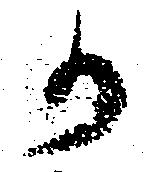
か